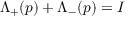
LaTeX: \Lambda _ { + } ( p ) + \Lambda _ { - } ( p ) = I